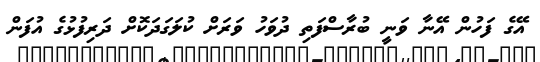
އޭގެ ފަހުން އޭނާ ވަނީ ބުރާސްފަތި ދުވަހު ވަރަށް ކުލަގަދަކޮށް ދަރިފުޅުގެ އުފަން